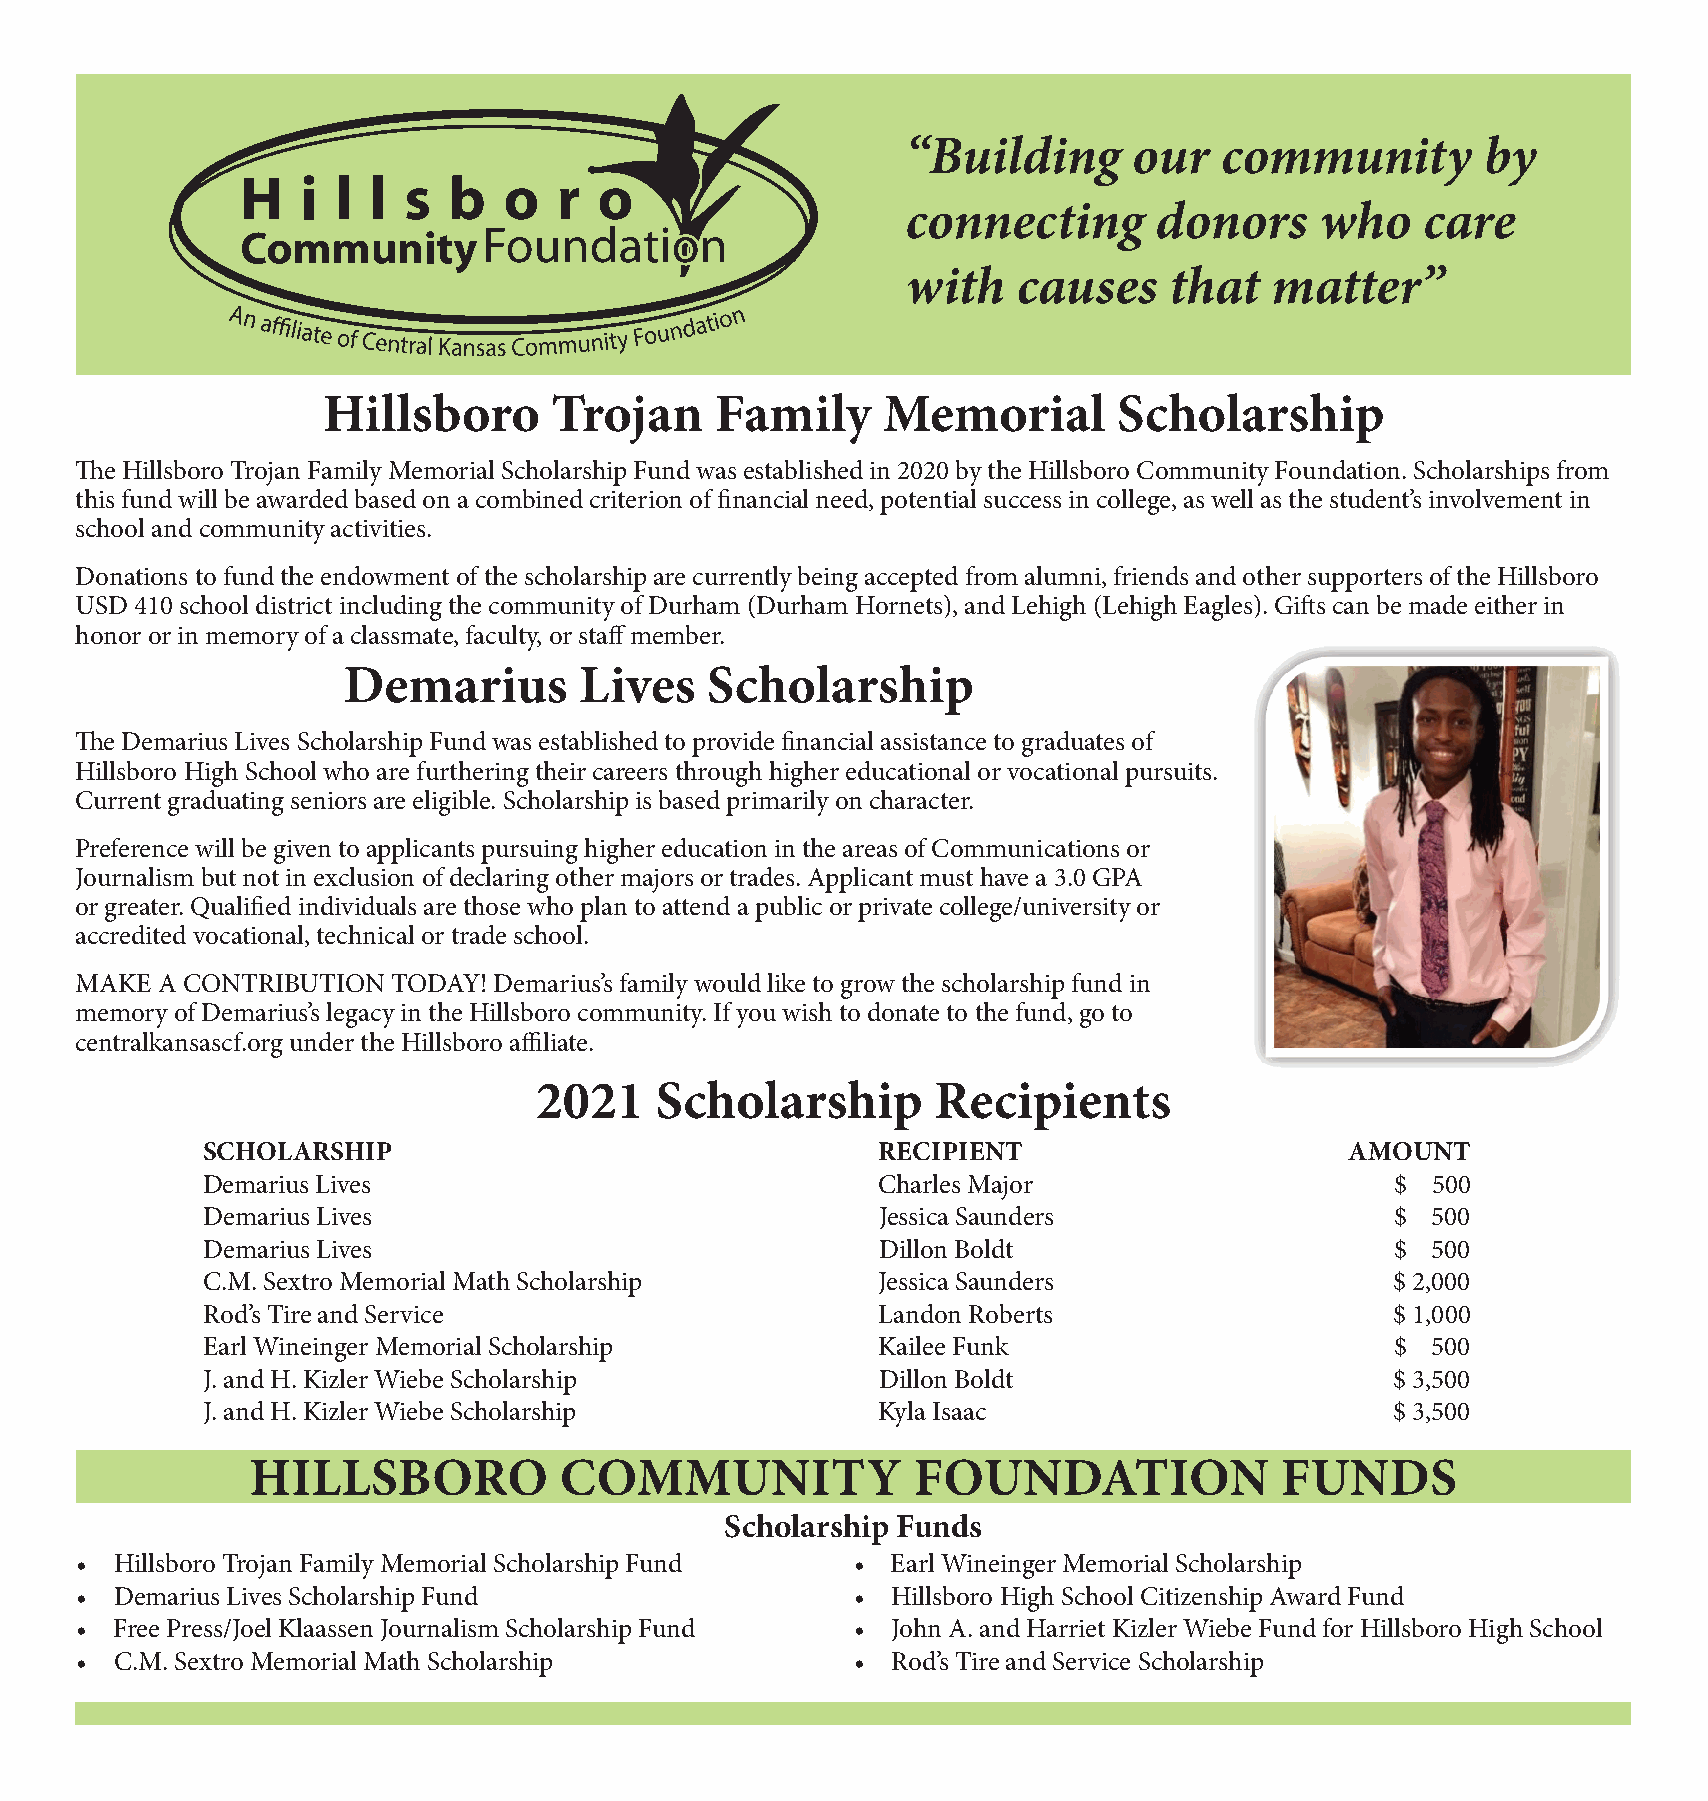
“Building      our   community        by
 connecting      donors     who    care
 with   causes    that   matter”
 Hillsboro      Trojan     Family     Memorial        Scholarship
 The Hillsboro Trojan Family Memorial Scholarship Fund was established in 2020 by the Hillsboro Community Foundation. Scholarships from
 this fund will be awarded based on a combined criterion of financial need, potential success in college, as well as the student’s involvement in
 school and community activities.
 Donations to fund the endowment of the scholarship are currently being accepted from alumni, friends and other supporters of the Hillsboro
 USD 410 school district including the community of Durham (Durham Hornets), and Lehigh (Lehigh Eagles). Gifts can be made either in
 honor or in memory of a classmate, faculty, or staff member.
 Demarius       Lives    Scholarship
 The Demarius Lives Scholarship Fund was established to provide financial assistance to graduates of
 Hillsboro High School who are furthering their careers through higher educational or vocational pursuits.
 Current graduating seniors are eligible. Scholarship is based primarily on character.
 Preference will be given to applicants pursuing higher education in the areas of Communications or
 Journalism but not in exclusion of declaring other majors or trades. Applicant must have a 3.0 GPA
 or greater. Qualified individuals are those who plan to attend a public or private college/university or
 accredited vocational, technical or trade school.
 MAKE A CONTRIBUTION  TODAY! Demarius’s family would like to grow the scholarship fund in
 memory of Demarius’s legacy in the Hillsboro community. If you wish to donate to the fund, go to
 centralkansascf.org under the Hillsboro affiliate.
 2021    Scholarship        Recipients
 SCHOLARSHIP                                  RECIPIENT                      AMOUNT
 Demarius Lives                               Charles Major                     $  500
 Demarius Lives                               Jessica Saunders                  $  500
 Demarius Lives                               Dillon Boldt                      $  500
 C.M. Sextro Memorial Math Scholarship        Jessica Saunders                  $ 2,000
 Rod’s Tire and Service                       Landon Roberts                    $ 1,000
 Earl Wineinger Memorial Scholarship          Kailee Funk                       $  500
 J. and H. Kizler Wiebe Scholarship           Dillon Boldt                      $ 3,500
 J. and H. Kizler Wiebe Scholarship           Kyla Isaac                        $ 3,500
 HILLSBORO            COMMUNITY              FOUNDATION               FUNDS
 Scholarship Funds
 •  Hillsboro Trojan Family Memorial Scholarship Fund • Earl Wineinger Memorial Scholarship
 •  Demarius Lives Scholarship Fund                 •  Hillsboro High School Citizenship Award Fund
 •  Free Press/Joel Klaassen Journalism Scholarship Fund • John A. and Harriet Kizler Wiebe Fund for Hillsboro High School
 •  C.M. Sextro Memorial Math Scholarship           •  Rod’s Tire and Service Scholarship